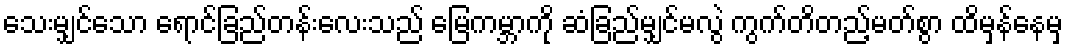
သေးမျှင်သော ရောင်ခြည်တန်းလေးသည် မြေကမ္ဘာကို ဆံခြည်မျှင်မလွဲ ကွက်တိတည့်မတ်စွာ ထိမှန်နေမှ